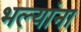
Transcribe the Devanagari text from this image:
भल्यांना